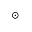
_ { \odot }